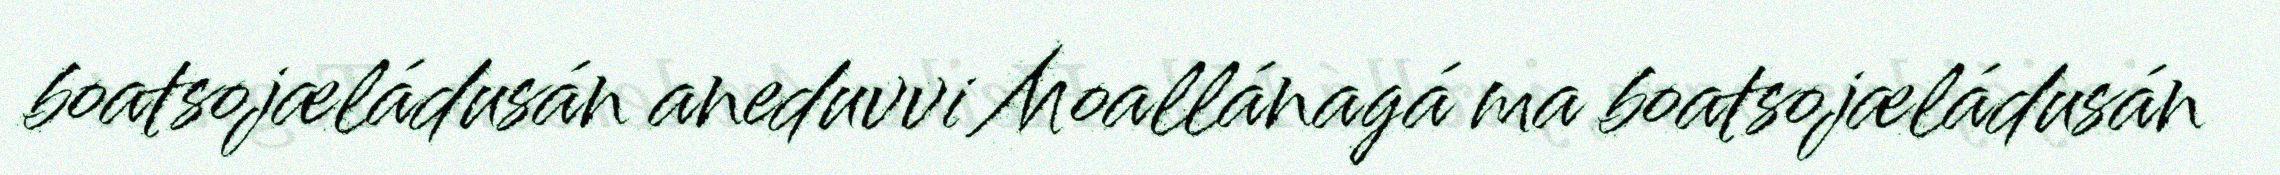
boatsojæládusán aneduvvi Moallánagá ma boatsojæládusán